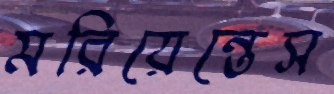
মরিয়েন্তেস